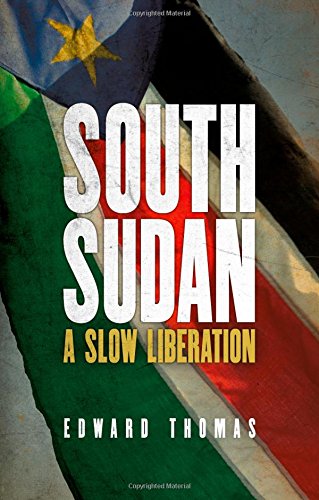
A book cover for South Sudan: A Slow Liberation; Edward Thomas; History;